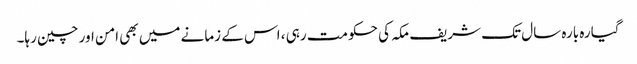
گیارہ بارہ سال تک شریف مکہ کی حکومت رہی ، اس کے زمانے میں بھی امن اور چین رہا۔